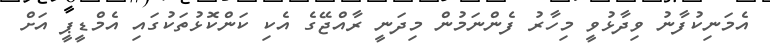
އެމަނިކުފާނު ވިދާޅުވީ މިހާރު ފެންނަމުން މިދަނީ ރާއްޖޭގެ އެކި ކަންކޮޅުތަކުގައި އެމްޑީޕީ އަށް